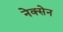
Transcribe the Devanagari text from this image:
नेक्सेन